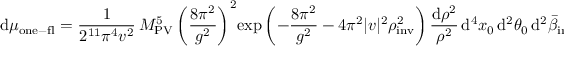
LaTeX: \mathrm { d } \mu _ { \mathrm { o n e - f l } } = \frac { 1 } { 2 ^ { 1 1 } \pi ^ { 4 } v ^ { 2 } } \, M _ { \mathrm { P V } } ^ { 5 } \left( \frac { 8 \pi ^ { 2 } } { g ^ { 2 } } \right) ^ { 2 } \! \exp \left( - \frac { 8 \pi ^ { 2 } } { g ^ { 2 } } - 4 \pi ^ { 2 } | v | ^ { 2 } \rho _ { \mathrm { i n v } } ^ { 2 } \right) \frac { \mathrm { d } \rho ^ { 2 } } { \rho ^ { 2 } } \, \mathrm { d } ^ { 4 } x _ { 0 } \, \mathrm { d } ^ { 2 } \theta _ { 0 } \, \mathrm { d } ^ { 2 } \bar { \beta } _ { \mathrm { i n v } } \, \mathrm { d } ^ { 2 } \bar { \theta } _ { 0 } \, .